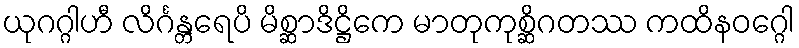
ယုဂဂ္ဂါဟီ လိင်္ဂန္တရေပိ မိစ္ဆာဒိဋ္ဌိကေ မာတုကုစ္ဆိဂတဿ ကထိနဝဂ္ဂေါ